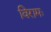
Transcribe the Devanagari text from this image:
विरामः